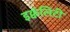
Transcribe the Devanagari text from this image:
इक्वॅलिटी